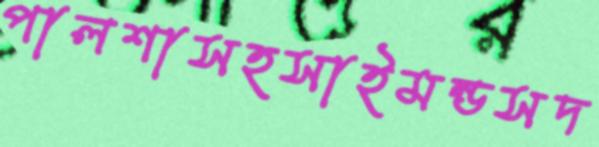
পালশাসহসাইমন্ডসদ